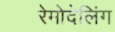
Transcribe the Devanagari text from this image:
रेमोदेलिंग